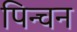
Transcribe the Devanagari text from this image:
पिन्चन